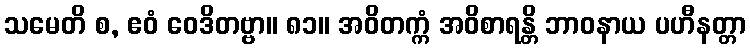
သမေတိ စ, ဧဝံ ဝေဒိတဗ္ဗာ။ ၈၁။ အဝိတက္ကံ အဝိစာရန္တိ ဘာဝနာယ ပဟီနတ္တာ